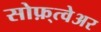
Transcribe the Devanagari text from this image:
सोफ़्त्वेअर